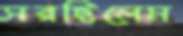
সরছিলেম